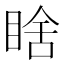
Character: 𭾼